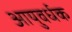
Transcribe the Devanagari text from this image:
आयुवर्धक